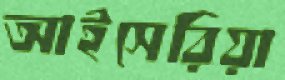
আইসেরিয়া